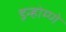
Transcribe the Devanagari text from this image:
इन्होम्णे